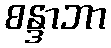
စန္ဒာဘာ